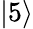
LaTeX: |5\rangle